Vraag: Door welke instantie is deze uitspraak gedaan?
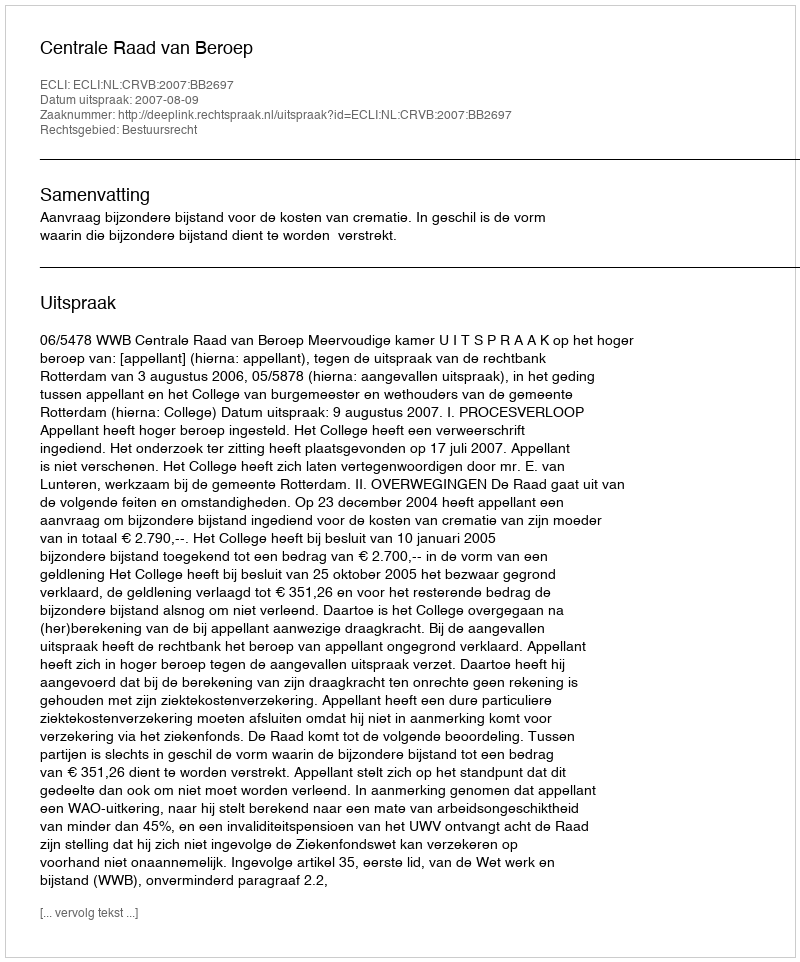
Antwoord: Centrale Raad van Beroep